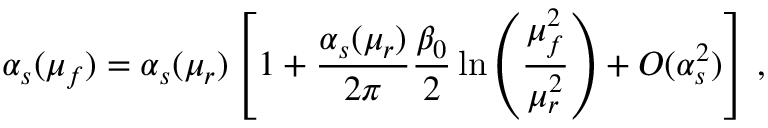
\alpha _ { s } ( \mu _ { f } ) = \alpha _ { s } ( \mu _ { r } ) \left[ 1 + \frac { \alpha _ { s } ( \mu _ { r } ) } { 2 \pi } \frac { \beta _ { 0 } } { 2 } \ln \left( \frac { \mu _ { f } ^ { 2 } } { \mu _ { r } ^ { 2 } } \right) + O ( \alpha _ { s } ^ { 2 } ) \right] \, ,